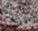
اجازة